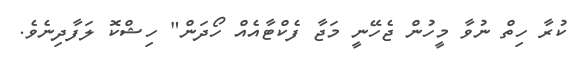
ކުރާ ހިތް ނުވާ މީހުން ޖެހޭނީ މަޖާ ފެކްޓާއެއް ހޯދަން" ހިޝްކޮ ލަފާދިނެވެ.